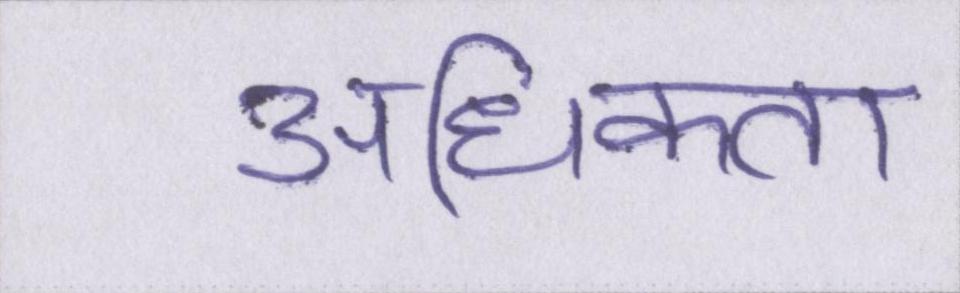
अधिकता